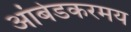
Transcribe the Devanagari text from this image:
आंबेडकरमय